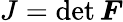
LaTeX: J=\operatorname*{d\mathrm{e}t}{\boldsymbol{F}}